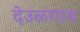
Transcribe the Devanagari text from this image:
देउळगाव